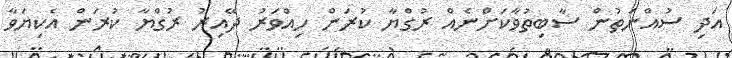
އަދި ސުއްނަތުން ސާބިތުވާކަށްނެއް ރުގްޔާ ކުރަން ހިއްވަރު ދޭއިރު ރުގްޔާ ކުރަން އެކިޔަވާ